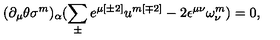
( \partial _ { \mu } \theta \sigma ^ { { m } } ) _ { \alpha } ( \sum _ { \pm } ^ { } e ^ { \mu { [ \pm 2 ] } } u ^ { { m [ \mp 2 ] } } - 2 \epsilon ^ { \mu \nu } \omega _ { \nu } ^ { { m } } ) = 0 ,